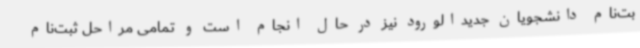
بت‌نام دانشجویان جدیدالورود نیز در حال انجام است و تمامی مراحل ثبت‌نام